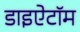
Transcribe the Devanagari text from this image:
डाइऐटॉम